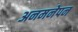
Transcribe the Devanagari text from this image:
अनमनेपन